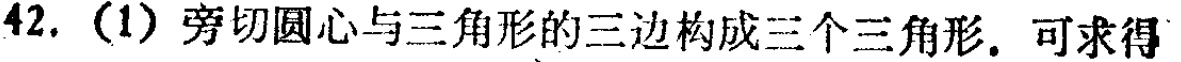
42. (1) 旁切圆心与三角形的三边构成三个三角形. 可求得